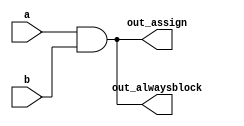
// Alwaysblock1
// module_addsubPreviousNextalwaysblock2
// Since digital circuits are composed of logic gates connected with wires, any circuit can be expressed as some combination of modules and assign statements. However, sometimes this is not the most convenient way to describe the circuit. Procedures (of which always blocks are one example) provide an alternative syntax for describing circuits.

// For synthesizing hardware, two types of always blocks are relevant:

// Combinational: always @(*)
// Clocked: always @(posedge clk)
// Combinational always blocks are equivalent to assign statements, thus there is always a way to express a combinational circuit both ways. The choice between which to use is mainly an issue of which syntax is more convenient. The syntax for code inside a procedural block is different from code that is outside. Procedural blocks have a richer set of statements (e.g., if-then, case), cannot contain continuous assignments*, but also introduces many new non-intuitive ways of making errors. (*Procedural continuous assignments do exist, but are somewhat different from continuous assignments, and are not synthesizable.)

// For example, the assign and combinational always block describe the same circuit. Both create the same blob of combinational logic. Both will recompute the output whenever any of the inputs (right side) changes value. 
// assign out1 = a & b | c ^ d;
// always @(*) out2 = a & b | c ^ d;


module top_module(
    input a,b,
    output wire out_assign,
    output reg out_alwaysblock
);
assign out_assign=a&b;
always @(*) begin
    out_alwaysblock=a&b;

end



endmodule